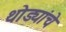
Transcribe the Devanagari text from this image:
थोड्यांचे